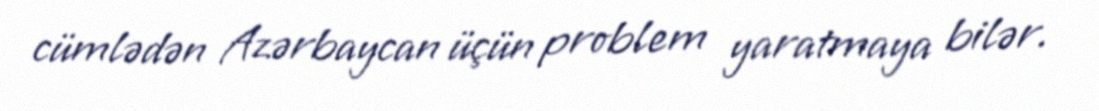
cümlədən Azərbaycan üçün problem yaratmaya bilər.